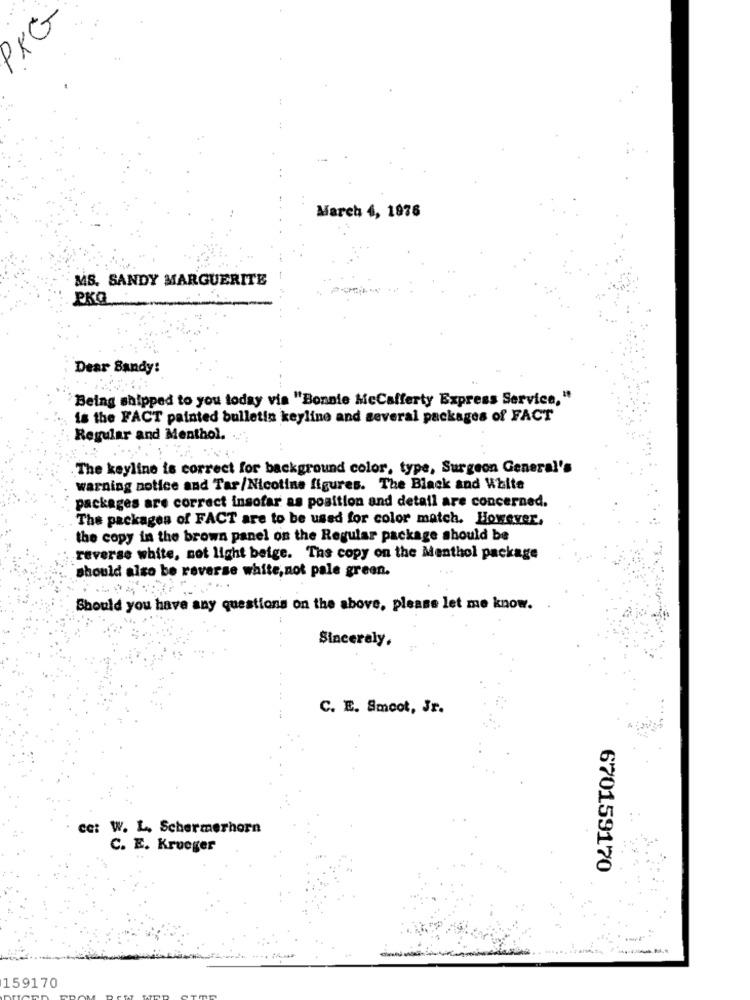
K
March 4, 1976
MS. SANDY MARGUERITE
PKO
Dear Sandy:
Being shipped to you today via "Bonnie Mccafferty Express Service,"
is the FACT painted bulletin keyline and several packages of FACT
Regular and Menthol. ...
The keyline is correct for background color, type, Surgeon General's
warning notice and Tar/Nicotine figures. The Black and White
packages are correct insofar as position and detail are concerned.
The packages of FACT are to be used for color match. However,
the copy in the brown panel on the Regular package should be
reverse white, not light beige. The copy on the Menthol package
should also be reverse white, not pale green.
Should you have any questions on the above, please let me know.
Sincerely.
C. E. Smoot, Jr.
cc: W. L. Schermerhorn
C. E. Krueger
670159170
159170